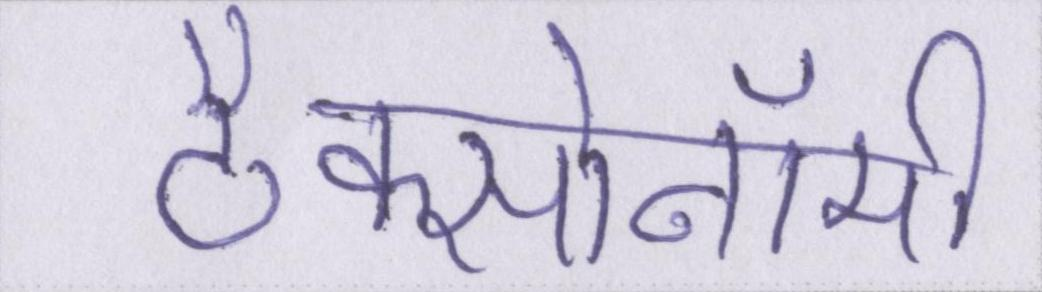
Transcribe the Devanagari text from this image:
टैक्सोनॉमी